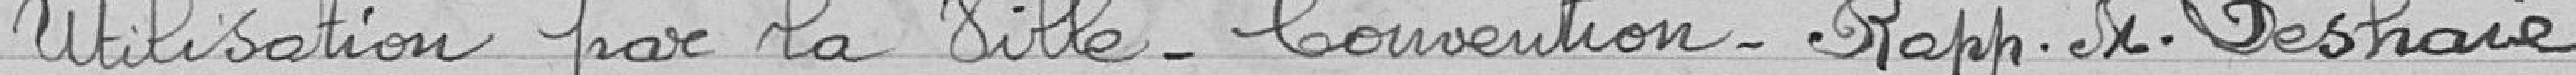
Utilisation par la ville - convention - rapporteur monsieur Deshaie